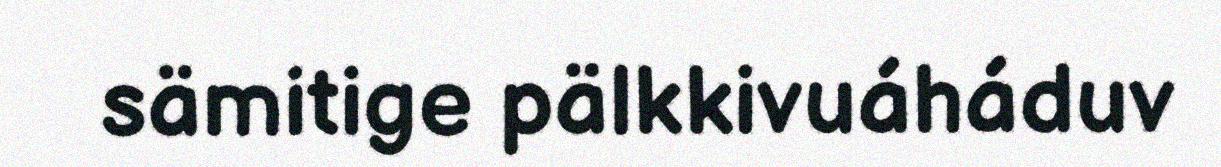
sämitige pälkkivuáháduv